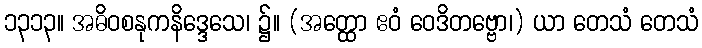
၁၃၁၃။ အဓိဝစနုကနိဒ္ဒေသေ၊ ၌။ (အတ္ထော ဧဝံ ဝေဒိတဗ္ဗော၊) ယာ တေသံ တေသံ